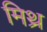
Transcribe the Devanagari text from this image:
मिथ्र